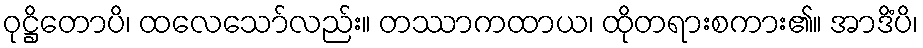
ဝုဋ္ဌိတောပိ၊ ထလေသော်လည်း။ တဿာကထာယ၊ ထိုတရားစကား၏။ အာဒိံပိ၊